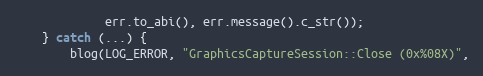
Language: C++
		     err.to_abi(), err.message().c_str());
	} catch (...) {
		blog(LOG_ERROR, "GraphicsCaptureSession::Close (0x%08X)",